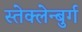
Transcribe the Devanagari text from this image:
स्तेक्लेन्बुर्ग